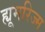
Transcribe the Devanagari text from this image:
ह्यूमरिज्म